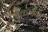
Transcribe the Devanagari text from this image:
चुकायेगा